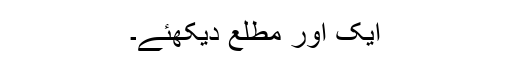
ایک اور مطلع دیکھئے۔